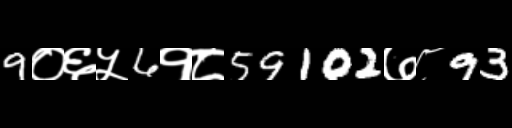
Text: 9०६५6१८59102७८93